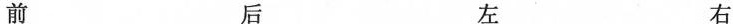
前 后 左 右